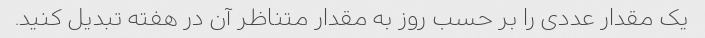
یک مقدار عددی را بر حسب روز به مقدار متناظر آن در هفته تبدیل کنید.